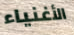
الأغنياء